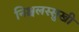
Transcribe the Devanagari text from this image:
निश्चलस्सुखी